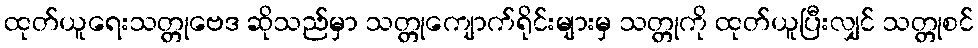
ထုတ်ယူရေးသတ္တုဗေဒ ဆိုသည်မှာ သတ္တုကျောက်ရိုင်းများမှ သတ္တုကို ထုတ်ယူပြီးလျှင် သတ္တုစင်